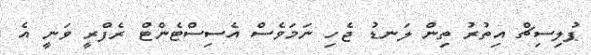
ޕުލިސިޗް އިތުރު ތިން ލަނޑު ޖެހި ނަމަވެސް އެސިސްޓެންޓް ރެފްރީ ވަނީ އެ